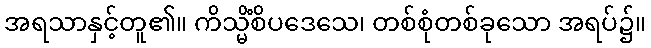
အရသာနှင့်တူ၏။ ကိသ္မိံစိပဒေသေ၊ တစ်စုံတစ်ခုသော အရပ်၌။